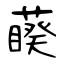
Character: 藈